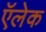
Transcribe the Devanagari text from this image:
ऍलेक